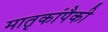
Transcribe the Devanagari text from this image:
मातृकांपैकी